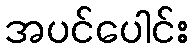
အပင်ပေါင်း